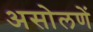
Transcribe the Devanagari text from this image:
असोलणें